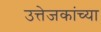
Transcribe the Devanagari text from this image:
उत्तेजकांच्या